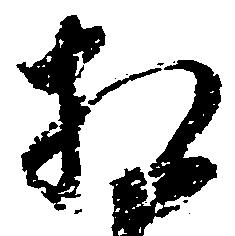
相